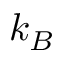
k _ { B }